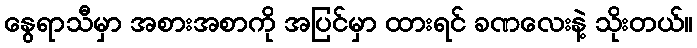
နွေရာသီမှာ အစားအစာကို အပြင်မှာ ထားရင် ခဏလေးနဲ့ သိုးတယ်။